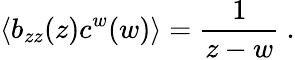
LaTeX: \langle b_{zz}(z)c^{w}(w)\rangle=\frac{1}{z-w}\ .